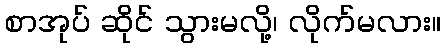
စာအုပ် ဆိုင် သွားမလို့၊ လိုက်မလား။